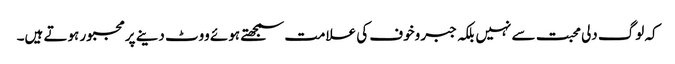
کہ لوگ دلی محبت سے نہیں بلکہ جبر وخوف کی علامت سمجھتے ہوئے ووٹ دینے پرمجبور ہوتے ہیں۔